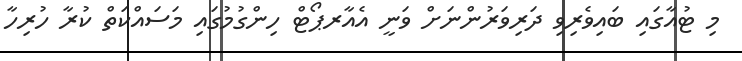
މި ޓުއާގައި ބައިވެރިވި ދަރިވަރުންނަށް ވަނީ އެއާރޕޯޓް ހިންގުމުގައި މަސައްކަތް ކުރާ ހުރިހާ